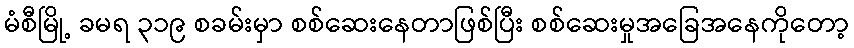
မံစီမြို့ ခမရ ၃၁၉ စခမ်းမှာ စစ်ဆေးနေတာဖြစ်ပြီး စစ်ဆေးမှုအခြေအနေကိုတော့